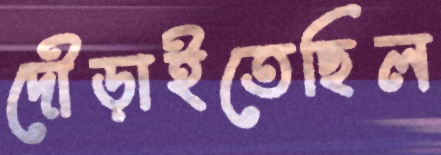
দৌড়াইতেছিল